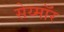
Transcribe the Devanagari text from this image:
सेय्मॉर